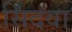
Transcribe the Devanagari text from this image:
सिंदवा